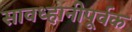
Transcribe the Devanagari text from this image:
सावध्हानीपूर्वक